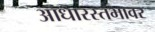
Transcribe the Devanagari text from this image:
आधारस्तंभावर